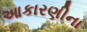
આકારણીના